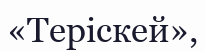
«Теріскей»,